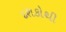
દશકોથી